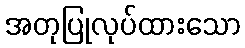
အတုပြုလုပ်ထားသော